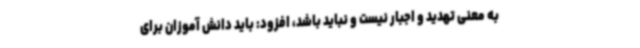
به معنی تهدید و اجبار نیست و نباید باشد، افزود: باید دانش آموزان برای